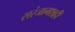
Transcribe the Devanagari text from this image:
सरंजामशही